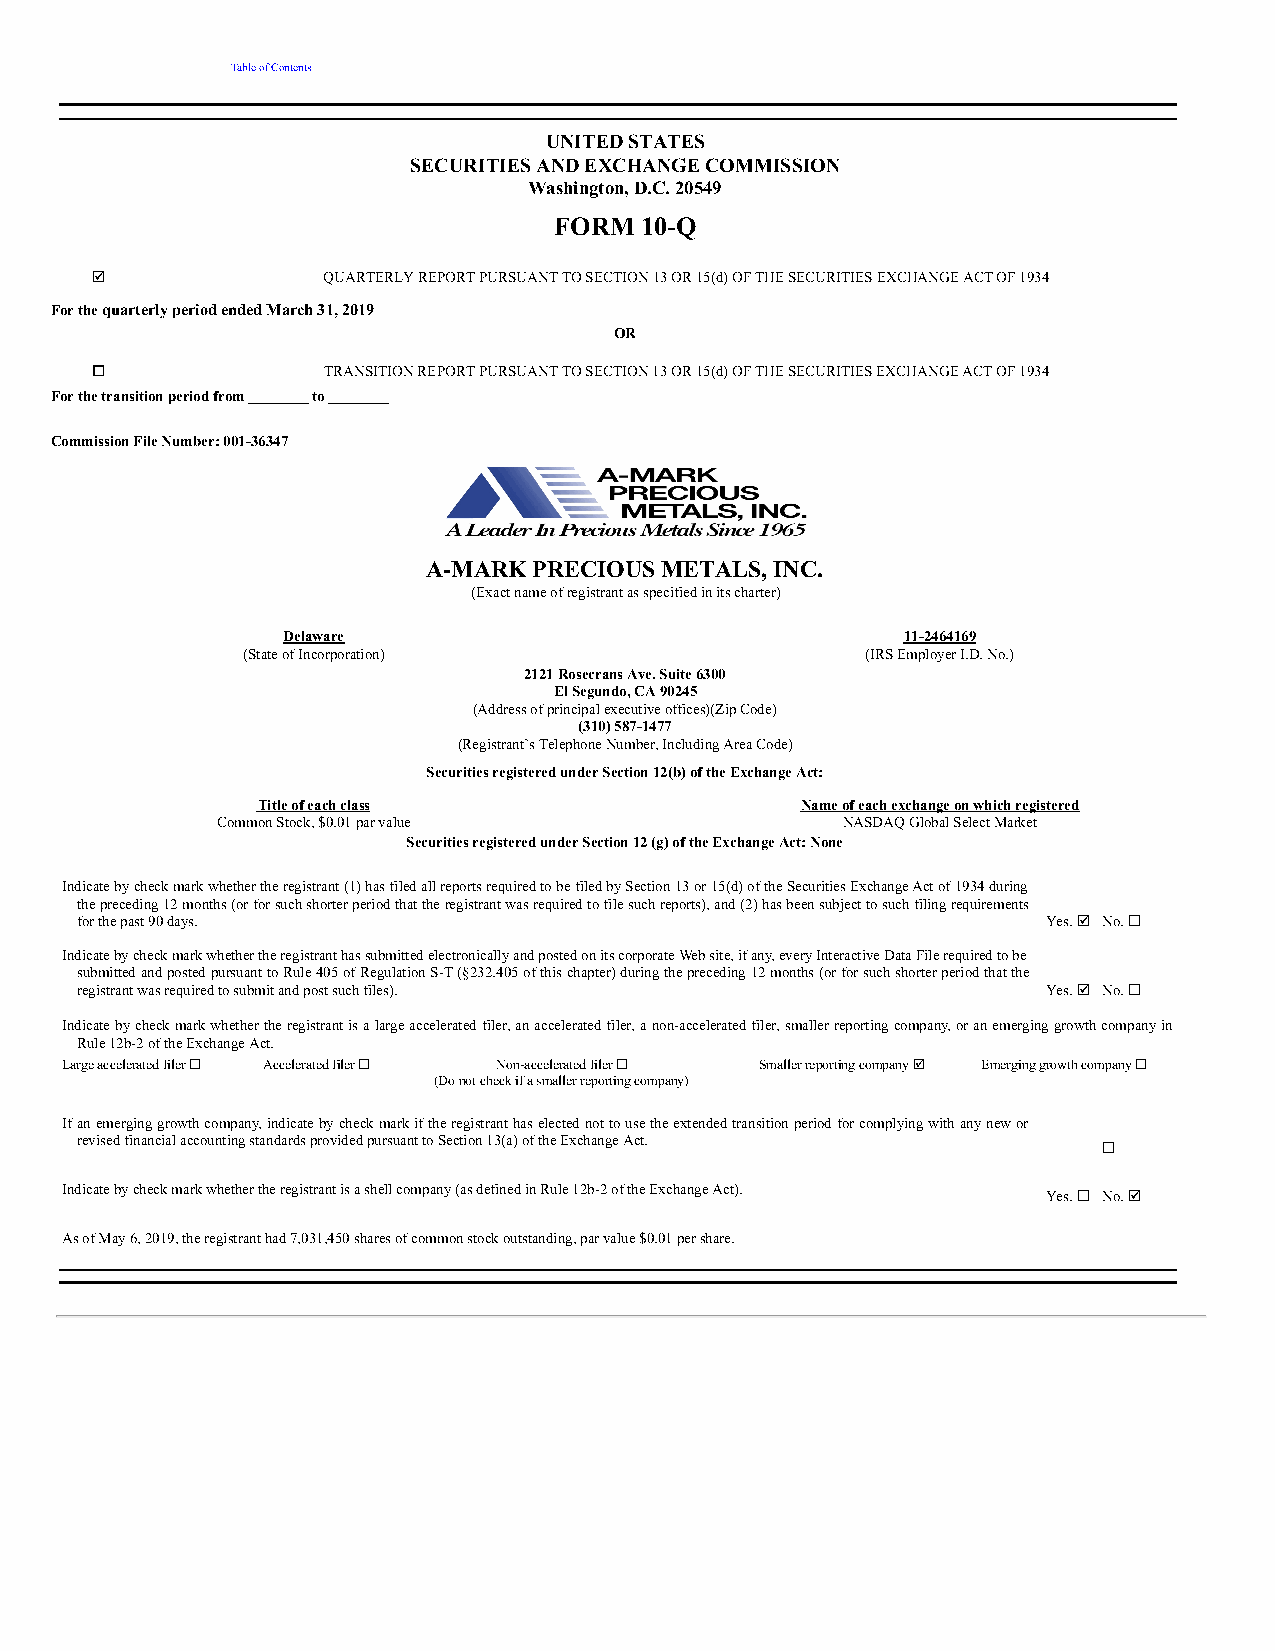
Table of Contents
 UNITED STATES
 SECURITIES AND EXCHANGE COMMISSION
 Washington, D.C. 20549
 __________________________________________________
 FORM 10-Q
 __________________________________________________
 þ              QUARTERLY REPORT PURSUANT TO SECTION 13 OR 15(d) OF THE SECURITIES EXCHANGE ACT OF 1934
 For the quarterly period ended March 31, 2019
 OR
 o              TRANSITION REPORT PURSUANT TO SECTION 13 OR 15(d) OF THE SECURITIES EXCHANGE ACT OF 1934
 For the transition period from ________ to ________
 Commission File Number: 001-36347
 __________________________________________________
 A-MARK PRECIOUS METALS, INC.
 (Exact name of registrant as specified in its charter)
 __________________________________________________
 Delaware                                 11-2464169
 (State of Incorporation)                 (IRS Employer I.D. No.)
 2121 Rosecrans Ave. Suite 6300
 El Segundo, CA 90245
 (Address of principal executive offices)(Zip Code)
 (310) 587-1477
 (Registrant’s Telephone Number, Including Area Code)
 __________________________________________________
 Securities registered under Section 12(b) of the Exchange Act:
 Title of each class                 Name of each exchange on which registered
 Common Stock, $0.01 par value             NASDAQ Global Select Market
 Securities registered under Section 12 (g) of the Exchange Act: None
 __________________________________________________
 Indicate by check mark whether the registrant (1) has filed all reports required to be filed by Section 13 or 15(d) of the Securities Exchange Act of 1934 during
 the preceding 12 months (or for such shorter period that the registrant was required to file such reports), and (2) has been subject to such filing requirements
 for the past 90 days.                                           Yes. þ No. ¨
 Indicate by check mark whether the registrant has submitted electronically and posted on its corporate Web site, if any, every Interactive Data File required to be
 submitted and posted pursuant to Rule 405 of Regulation S-T (§232.405 of this chapter) during the preceding 12 months (or for such shorter period that the
 registrant was required to submit and post such files).         Yes. þ No. ¨
 Indicate by check mark whether the registrant is a large accelerated filer, an accelerated filer, a non-accelerated filer, smaller reporting company, or an emerging growth company in
 Rule 12b-2 of the Exchange Act.
 Large accelerated filer ¨ Accelerated filer ¨ Non-accelerated filer ¨ Smaller reporting company þ Emerging growth company ¨
 (Do not check if a smaller reporting company)
 If an emerging growth company, indicate by check mark if the registrant has elected not to use the extended transition period for complying with any new or
 revised financial accounting standards provided pursuant to Section 13(a) of the Exchange Act.
 ¨
 Indicate by check mark whether the registrant is a shell company (as defined in Rule 12b-2 of the Exchange Act).
 Yes. ¨ No. þ
 As of May 6, 2019, the registrant had 7,031,450 shares of common stock outstanding, par value $0.01 per share.